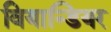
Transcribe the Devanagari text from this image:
वियान्डियर